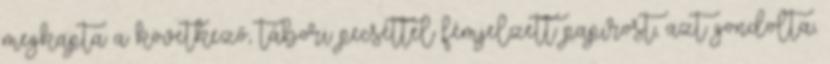
megkapta a következő, tábori pecséttel fémjelzett papirost, azt gondolta,